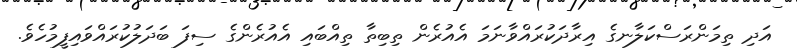
އަދި ތިމަންރަސްކަލާނގެ އިރާދަކުރައްވާނަމަ އެއުރެން ތިބިތާ ތިއްބައި އެއުރެންގެ ސިފަ ބަދަލުކުރައްވައިފީމުހެވެ.